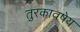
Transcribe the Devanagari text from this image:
तुरकावषेय